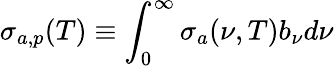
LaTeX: \sigma_{a,p}(T)\equiv\int_{0}^{\infty}\sigma_{a}(\nu,T)b_{\nu}d\nu